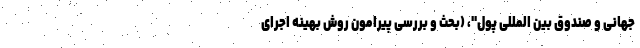
جهانی و صندوق بین المللی پول"، (بحث و بررسی پیرامون روش بهینه اجرای